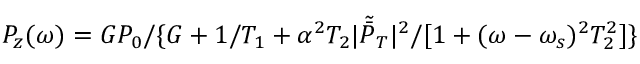
P _ { z } ( \omega ) = G P _ { 0 } / \{ G + 1 / T _ { 1 } + \alpha ^ { 2 } T _ { 2 } | \tilde { \bar { P } } _ { T } | ^ { 2 } / [ 1 + ( \omega - \omega _ { s } ) ^ { 2 } T _ { 2 } ^ { 2 } ] \}